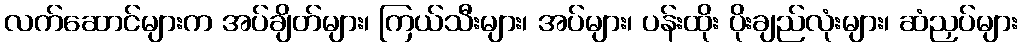
လက်ဆောင်များက အပ်ချိတ်များ၊ ကြယ်သီးများ၊ အပ်များ၊ ပန်းထိုး ပိုးချည်လုံးများ၊ ဆံညှပ်များ